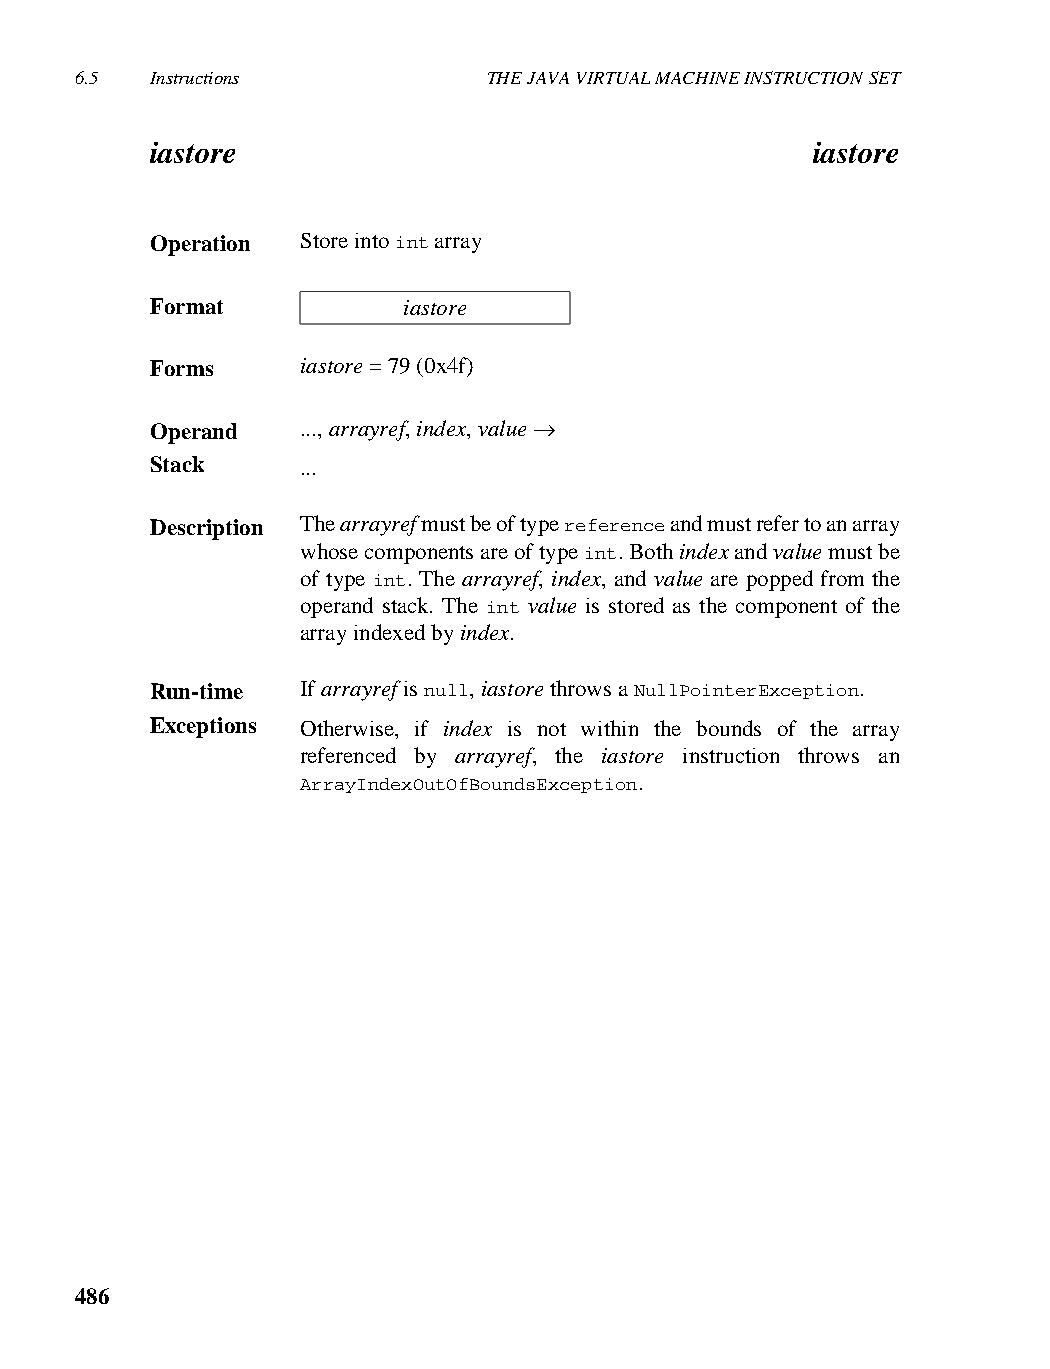
6.5  Instructions          THE JAVA VIRTUAL MACHINE INSTRUCTION SET
 iastore                                     iastore
 Operation Store into int array
 Format           iastore
 Forms     iastore = 79 (0x4f)
 Operand   ..., arrayref, index, value →
 Stack     ...
 Description The arrayref must be of type reference and must refer to an array
 whose components are of type int. Both index and value must be
 of type int. The arrayref, index, and value are popped from the
 operand stack. The int value is stored as the component of the
 array indexed by index.
 Run-time  If arrayref is null, iastore throws a NullPointerException.
 Exceptions Otherwise, if index is not within the bounds of the array
 referenced by arrayref, the iastore instruction throws an
 ArrayIndexOutOfBoundsException.
 486